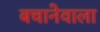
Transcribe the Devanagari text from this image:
बचानेवाला